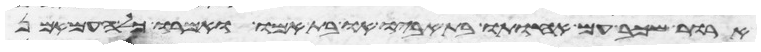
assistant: ארור שכב עם אחותו בת אביו או בת אמו ואמרו כל העם אמן